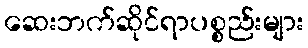
ဆေးဘက်ဆိုင်ရာပစ္စည်းများ